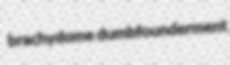
brachydome dumbfounderment